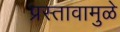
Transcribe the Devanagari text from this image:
प्रस्तावामुळे